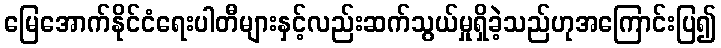
မြေအောက်နိုင်ငံရေးပါတီများနှင့်လည်းဆက်သွယ်မှုရှိခဲ့သည်ဟုအကြောင်းပြ၍